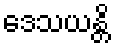
ဒေသယန္တိ